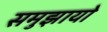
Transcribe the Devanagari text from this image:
समुझायो